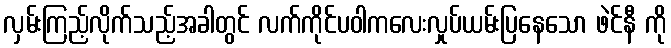
လှမ်းကြည့်လိုက်သည့်အခါတွင် လက်ကိုင်ပဝါကလေးလှုပ်ယမ်းပြနေသော ဖဲင်နီ ကို